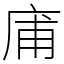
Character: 庯